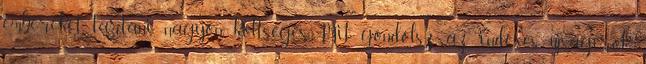
embereket tartani nagyon költséges. Mit gondolsz, az indexes újságírók